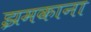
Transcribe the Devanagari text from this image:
झमकाना